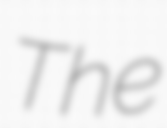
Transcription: The